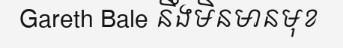
Gareth Bale នឹងមិនមានមុខ